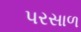
પરસાળ